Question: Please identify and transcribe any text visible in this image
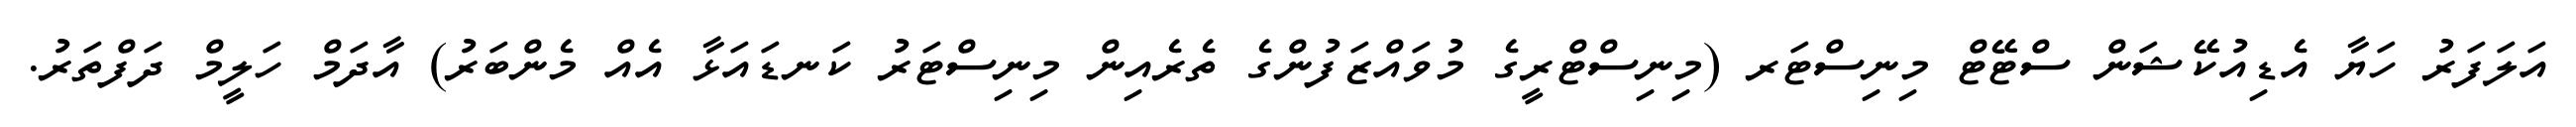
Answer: އަލަފަރު ހަޔާ އެޑިއުކޭޝަން ސްޓޭޓް މިނިސްޓަރ (މިނިސްޓްރީގެ މުވައްޒަފުންގެ ތެރެއިން މިނިސްޓަރު ކަނޑައަޅާ އެއް މެންބަރު) އާދަމް ހަލީމް ދަފްތަރު.